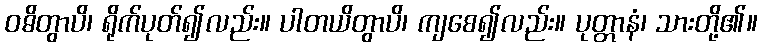
ဝဓိတွာပိ၊ ရိုက်ပုတ်၍လည်း။ ပါတယိတွာပိ၊ ကျစေ၍လည်း။ ပုတ္တာနံ၊ သားတို့၏။